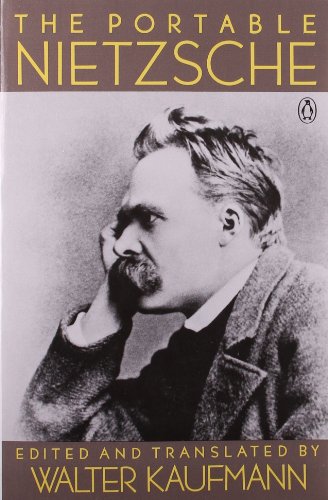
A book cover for The Portable Nietzsche (Portable Library); Friedrich Nietzsche; Literature & Fiction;